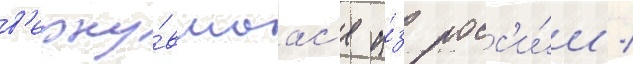
в'ерну́вшаас'я и́з росс'и́и /